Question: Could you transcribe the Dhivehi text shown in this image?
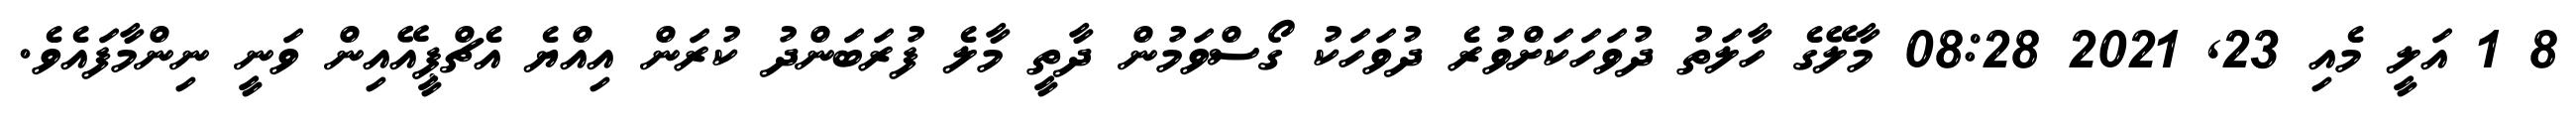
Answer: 8 1 އަލީ މެއި 23, 2021 08:28 މާލޭގެ ހާލަތު ދުވަހަކަށްވުރެ ދުވަހަކު ގޯސްވަމުން ދާތީ މާލެ ފުރަބަންދު ކުރަން އިއްޔެ އެޗްޕީއޭއިން ވަނީ ނިންމާފައެވެ.